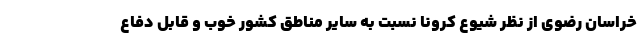
خراسان رضوی از نظر شیوع کرونا نسبت به سایر مناطق کشور خوب و قابل دفاع